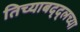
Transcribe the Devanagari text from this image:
तिच्याबद्द्लच्या